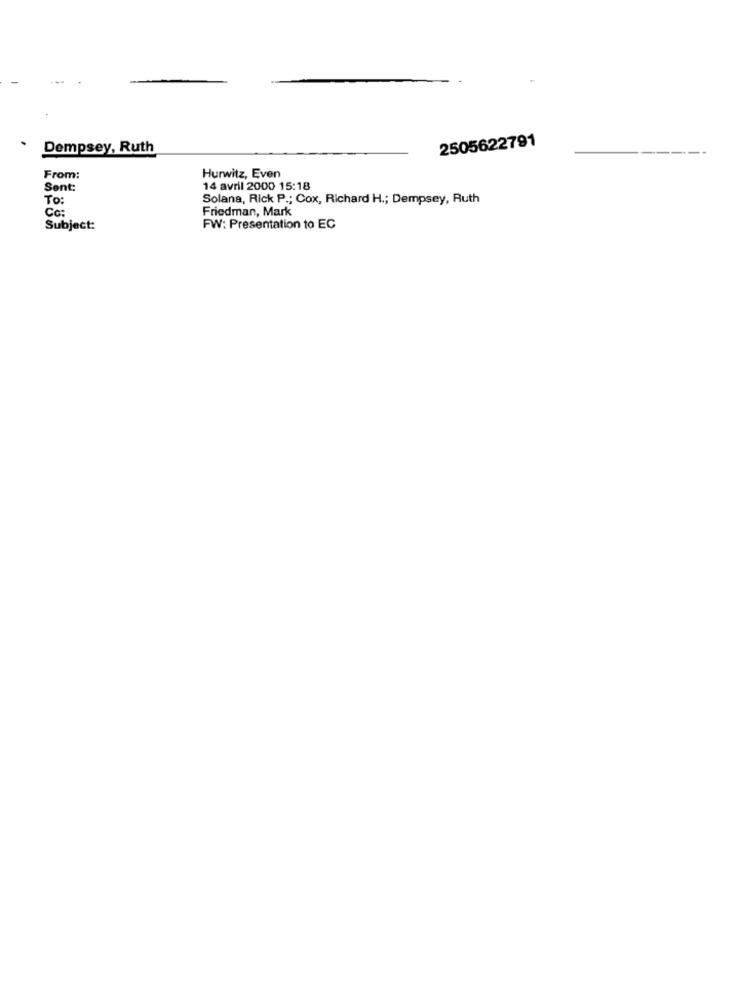
2505622791
Dempsey, Ruth
From:
Hurwitz, Even
Sent:
14 avril 2000 15:18
To:
Solana, Rick P .; Cox, Richard H .; Dempsey, Ruth
Friedman, Mark
Co:
Subject:
FW: Presentation to EC